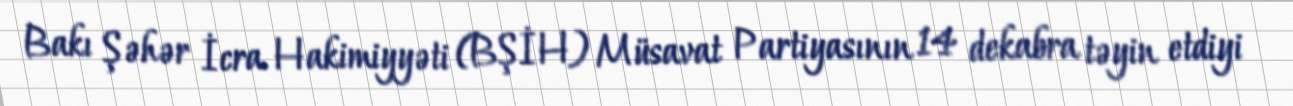
Bakı Şəhər İcra Hakimiyyəti (BŞİH) Müsavat Partiyasının 14 dekabra təyin etdiyi